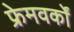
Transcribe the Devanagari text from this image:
फ्रेमवर्कों